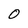
Character: O